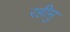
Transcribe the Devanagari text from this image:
रहीमु